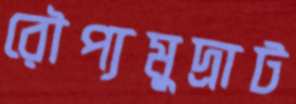
রৌপ্যমুদ্রাট